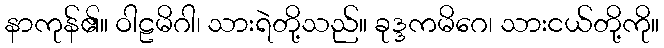
နာကုန်၏။ ဝါဠမိဂါ၊ သားရဲတို့သည်။ ခုဒ္ဒကမိဂေ၊ သားငယ်တို့ကို။